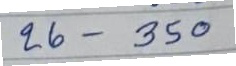
26 - 350